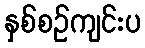
နှစ်စဉ်ကျင်းပ